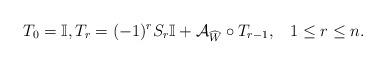
LaTeX: \begin{align*}T_{0}=\mathbb{I},T_{r}=(-1)^{r}S_{r}\mathbb{I}+\mathcal{A}_{\widehat{W}}\circ T_{r-1}, \;\;\; 1\leq r\leq n.\end{align*}